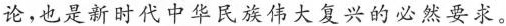
论，也是新时代中华民族伟大复兴的必然要求。